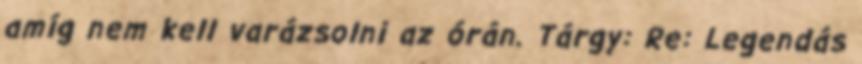
amíg nem kell varázsolni az órán. Tárgy: Re: Legendás